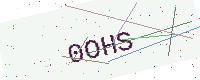
Text: 0OHS